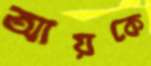
আয়কে